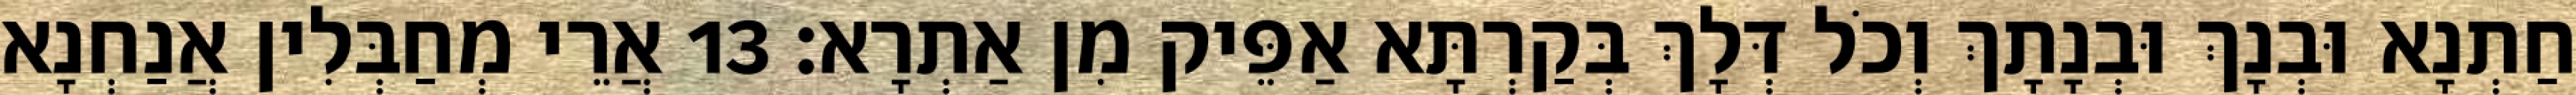
חַתְנָא וּבְנָךְ וּבְנָתָךְ וְכֹל דְּלָךְ בְּקַרְתָּא אַפֵּיק מִן אַתְרָא׃ 13 אֲרֵי מְחַבְּלִין אֲנַחְנָא